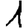
Digit: 1